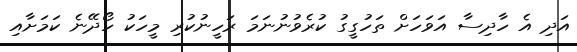
އަދި އެ ހާދިސާ އަވަހަށް ތަހުގީގު ކުރެވުނުނަމަ ރަހީނުކުރި މީހަކު ހޯދޭނެ ކަމަށާއި